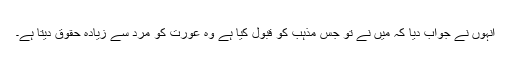
انہوں نے جواب دیا کہ میں نے تو جس مذہب کو قبول کیا ہے وہ عورت کو مرد سے زیادہ حقوق دیتا ہے۔